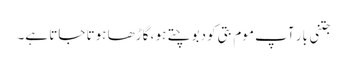
جتنی بار آپ موم بتی کو دبوچتے ہو ، گاڑھا ہوتا جاتا ہے۔